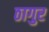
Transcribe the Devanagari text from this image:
ठागुर